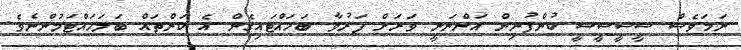
ނަމަވެސް ސީސީސީސީ ކުންފުނިން އަންނަނީ ވަރަށް ފަރުވާ ބަހައްޓައިގެން އެ ކަންތައް ބަލަހައްޓަމުންނެވެ.